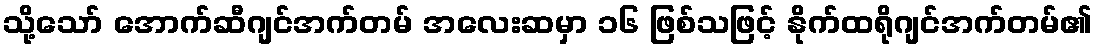
သို့သော် အောက်ဆီဂျင်အက်တမ် အလေးဆမှာ ၁၆ ဖြစ်သဖြင့် နိုက်ထရိုဂျင်အက်တမ်၏